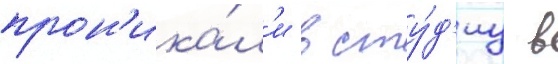
прон'ика́л'и в сту́д'иу в